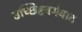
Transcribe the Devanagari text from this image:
उच्छिष्टवर्गवाद